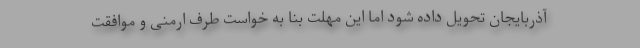
آذربایجان تحویل داده شود اما این مهلت بنا به خواست طرف ارمنی و موافقت